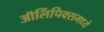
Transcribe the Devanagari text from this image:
ऑलिंपिक्समध्ये